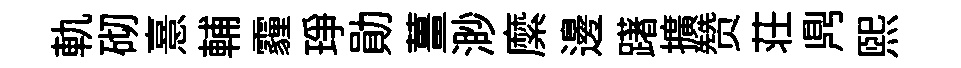
軌砌憙輔霾琤勛薑渺縻邊躇擴赞荘𪔂熙